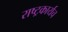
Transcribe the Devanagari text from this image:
राष्ट्रकार्यच